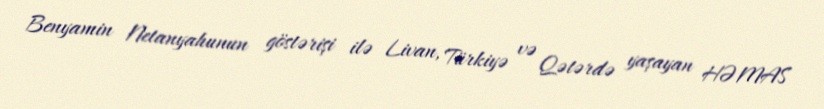
Benyamin Netanyahunun göstərişi ilə Livan, Türkiyə və Qətərdə yaşayan HƏMAS